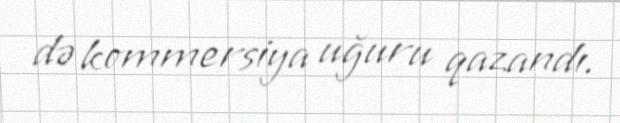
də kommersiya uğuru qazandı.